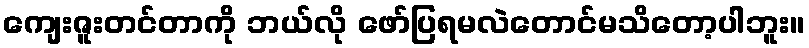
ကျေးဇူးတင်တာကို ဘယ်လို ဖော်ပြရမလဲတောင်မသိတော့ပါဘူး။